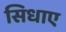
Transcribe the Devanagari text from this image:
सिधाए